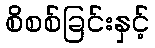
စိစစ်ခြင်းနှင့်